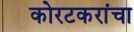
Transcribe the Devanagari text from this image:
कोरटकरांचा